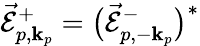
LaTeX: \vec{\mathcal{E}}_{p,{\mathbf k}_{p}}^{+}=\big(\vec{\mathcal{E}}_{p,-{\mathbf k}_{p}}^{-}\big)^{*}